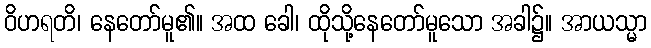
ဝိဟရတိ၊ နေတော်မူ၏။ အထ ခေါ၊ ထိုသို့နေတော်မူသော အခါ၌။ အာယသ္မာ